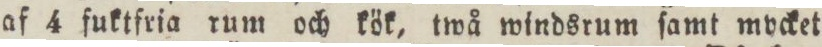
af 4 fuktfria rum och kök, twå windsrum ſamt mycket